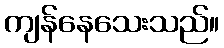
ကျန်နေသေးသည်။